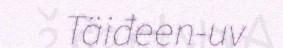
Täiđeen-uv